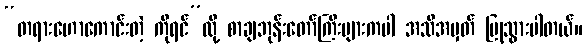
“တရားဟောကောင်းတဲ့ ကိုရင်”လို့ စာချဘုန်းတော်ကြီးများကပါ အသိအမှတ် ပြုသွားပါတယ်။